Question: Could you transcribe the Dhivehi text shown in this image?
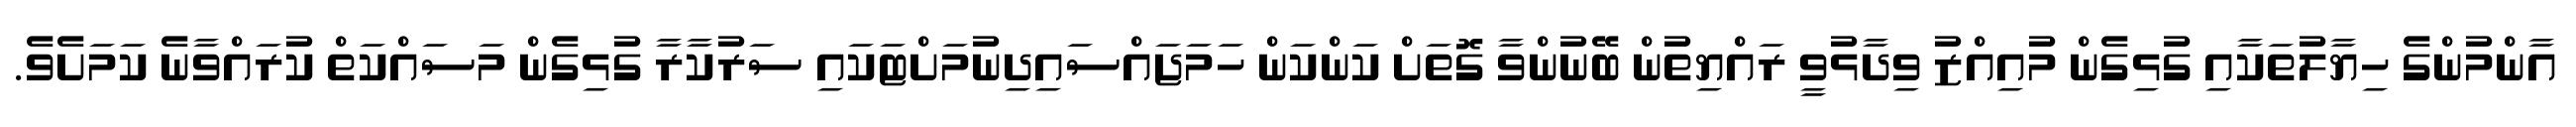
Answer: އާންމުންގެ ހިޔާލުތަކާއި ގުޅިގެން މުއިއްޒު ވިދާޅުވީ ރައްޔިތުން ބޭނުންވާ ގޮތަށް ކަންކަން ހަމަޖައްސައިދިނުމަށްޓަކައި ސަރުކާރާ ގުޅިގެން މަސައްކަތް ކުރައްވާނެ ކަމަށެވެ.